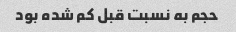
حجم به نسبت قبل کم شده بود